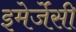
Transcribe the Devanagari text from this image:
इमेर्जेंसी